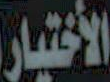
الأختيار